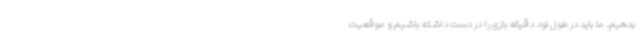
بدهیم. ما باید در طول نود دقیقه بازی را در دست داشته باشیم و موقعیت